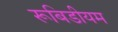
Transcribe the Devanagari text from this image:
रूबिडीयम